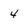
Character: 4